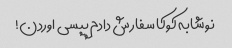
نوشابه کوکا سفارش دادم پپسی اوردن!